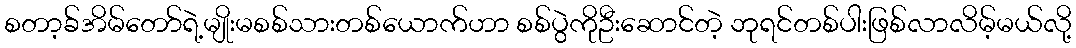
စတာ့ခ်အိမ်တော်ရဲ့မျိုးမစစ်သားတစ်ယောက်ဟာ စစ်ပွဲကိုဦးဆောင်တဲ့ ဘုရင်တစ်ပါးဖြစ်လာလိမ့်မယ်လို့